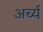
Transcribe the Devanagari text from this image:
अर्च्य